Report on the lunatic asylums under the Government of Bombay - 1904-1913
Year: 1904
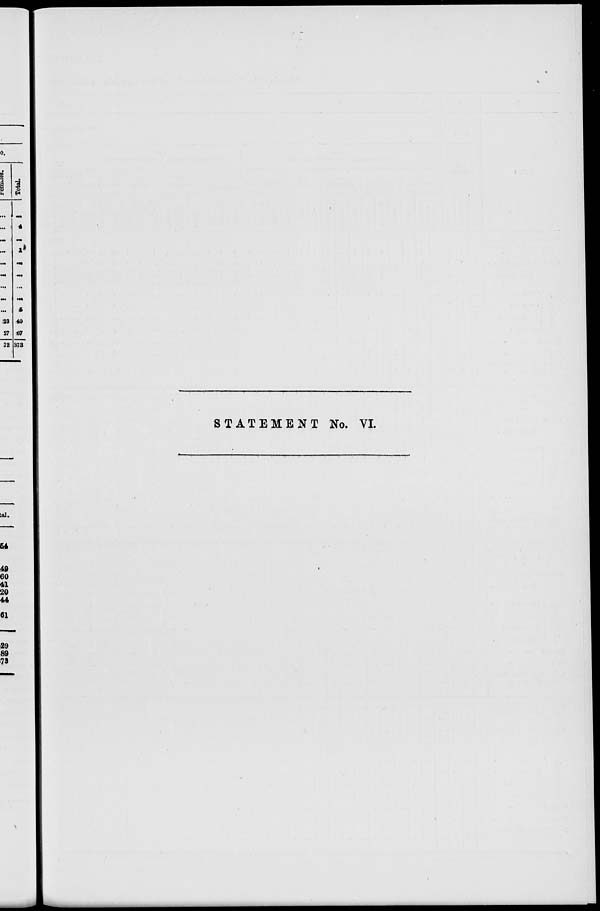
STATEMENT No. VI.